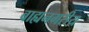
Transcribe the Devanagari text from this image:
बाह्यनगरीय